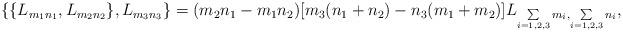
LaTeX: \begin{align*}\begin{array}{lcr}\{\{L_{m_1n_1},L_{m_2n_2}\},L_{m_3n_3}\}=(m_2n_1-m_1n_2)[m_3(n_1+n_2)-n_3(m_1+m_2)]L_{\sum\limits_{i=1,2,3}m_i,\sum\limits_{i=1,2,3}n_i},\end{array}\end{align*}